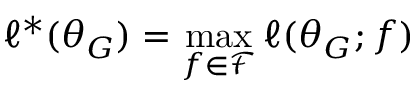
\ell ^ { * } ( \theta _ { G } ) = \operatorname* { m a x } _ { f \in \mathcal { F } } \ell ( \theta _ { G } ; f )